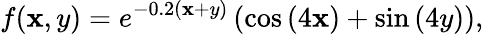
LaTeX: f(\mathbf{x},y)=e^{-0.2(\mathbf{x}+y)}\left(\cos\left(4\mathbf{x}\right)+\sin\left(4y\right)\right),